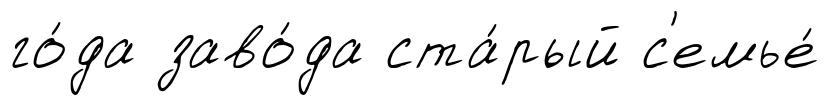
го́да заво́да ста́рый с'емье́